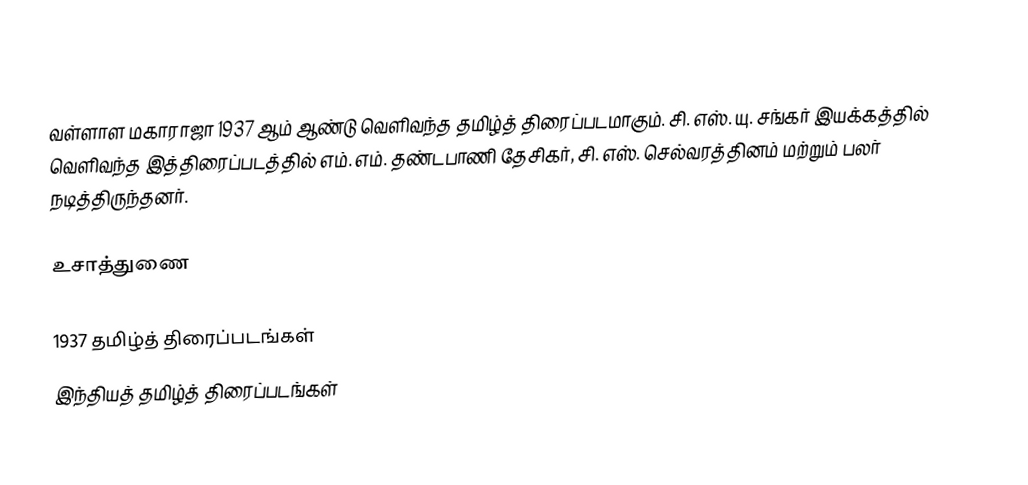
வள்ளாள மகாராஜா 1937 ஆம் ஆண்டு வெளிவந்த தமிழ்த் திரைப்படமாகும். சி. எஸ். யு. சங்கர் இயக்கத்தில் வெளிவந்த இத்திரைப்படத்தில் எம். எம். தண்டபாணி தேசிகர், சி. எஸ். செல்வரத்தினம் மற்றும் பலர் நடித்திருந்தனர்.

உசாத்துணை

1937 தமிழ்த் திரைப்படங்கள்
இந்தியத் தமிழ்த் திரைப்படங்கள்